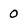
Character: 0